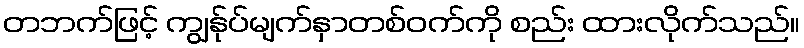
တဘက်ဖြင့် ကျွန်ုပ်မျက်နှာတစ်ဝက်ကို စည်း ထားလိုက်သည်။